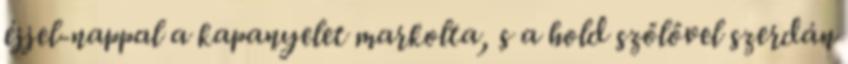
éjjel-nappal a kapanyelet markolta, s a hold szőlővel szerdán